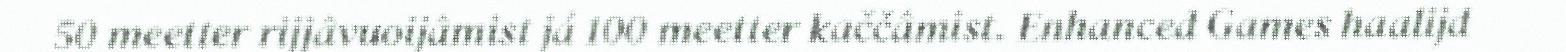
50 meetter rijjâvuoijâmist já 100 meetter kaččâmist. Enhanced Games haalijd